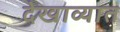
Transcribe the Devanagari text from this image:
देखाव्यात